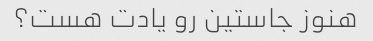
هنوز جاستین رو یادت هست؟